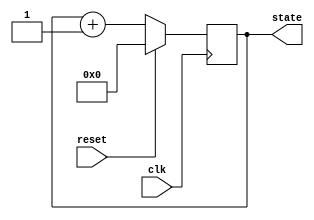
module synchronous_reset_example (
    input wire clk,        // Clock signal
    input wire reset,      // Synchronous reset signal
    output reg [3:0] state // State output (4-bit state)
);

// Internal state declaration
// (In this case, the state is declared as a 4-bit register)
reg [3:0] internal_state;

// Behavioral block with synchronous reset
always @(posedge clk) begin
    if (reset) begin
        // If reset is asserted, set state to predefined reset value (0)
        internal_state <= 4'b0000; // Reset value
    end else begin
        // State update logic (example: simple counter)
        internal_state <= internal_state + 1; // Increment state
    end
end

// Assign internal state to output state
assign state = internal_state;

endmodule